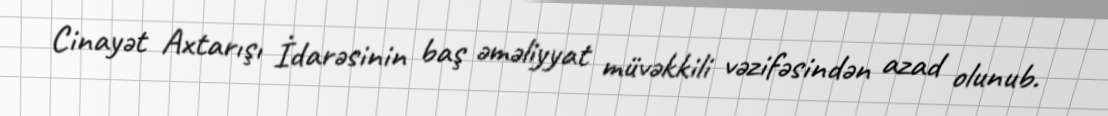
Cinayət Axtarışı İdarəsinin baş əməliyyat müvəkkili vəzifəsindən azad olunub.